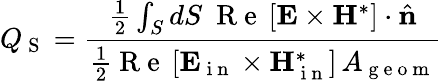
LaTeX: Q_{\mathrm{~S~}}=\frac{\frac{1}{2}\int_{S}dS~\mathrm{~R~e~}\left[\boldsymbol{\mathbf{E}}\times\boldsymbol{\mathbf{H}}^{*}\right]\cdot\hat{\mathbf{n}}}{\frac{1}{2}\mathrm{~R~e~}\left[\boldsymbol{\mathbf{E}}_{\mathrm{~i~n~}}\times\boldsymbol{\mathbf{H}}_{\mathrm{~i~n~}}^{*}\right]\, A_{\mathrm{~g~e~o~m~}}}